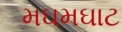
મઘમઘાટ